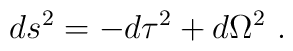
ds^2 = -d\tau^2 + d \Omega^2\ .